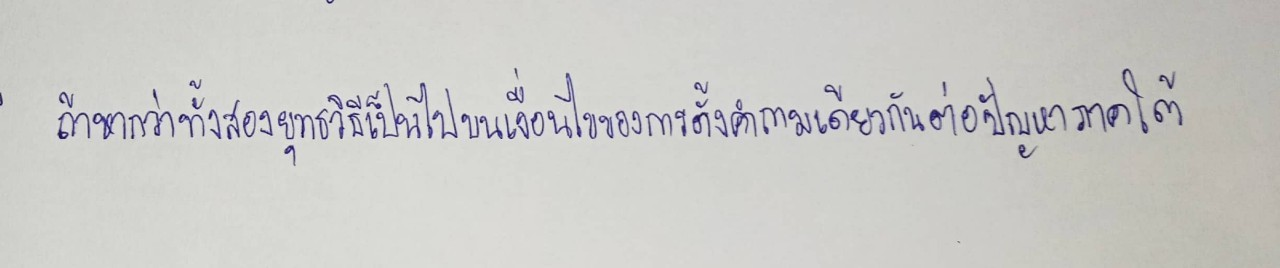
ถ้าหากว่าทั้งสองยุทธวิธีนั้นเป็นไปบนเงื่อนไขของการตั้งคำถามเดียวกันต่อปัญหาภาคใต้